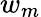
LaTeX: w_{m}